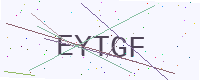
Text: EYTGF